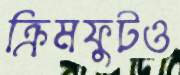
ক্রিমফুটও